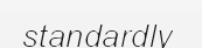
standardly